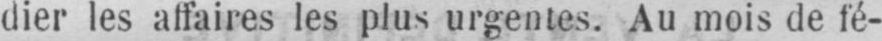
dier les affaires les plus urgentes. Au mois de fé-